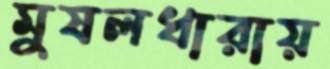
মুষলধারায়